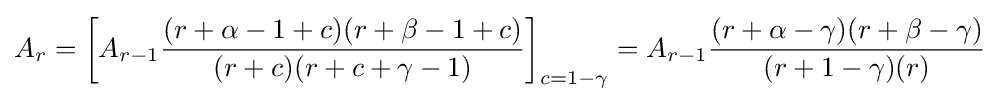
A_{r}=\left[A_{r-1}{\frac {(r+\alpha -1+c)(r+\beta -1+c)}{(r+c)(r+c+\gamma -1)}}\right]_{c=1-\gamma }=A_{r-1}{\frac {(r+\alpha -\gamma )(r+\beta -\gamma )}{(r+1-\gamma )(r)}}